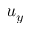
u _ { y }